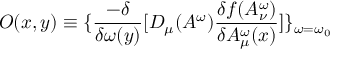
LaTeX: O ( x , y ) \equiv \{ \frac { - \delta } { \delta \omega ( y ) } [ D _ { \mu } ( A ^ { \omega } ) \frac { \delta f ( A _ { \nu } ^ { \omega } ) } { \delta A _ { \mu } ^ { \omega } ( x ) } ] \} _ { \omega = \omega _ { 0 } }